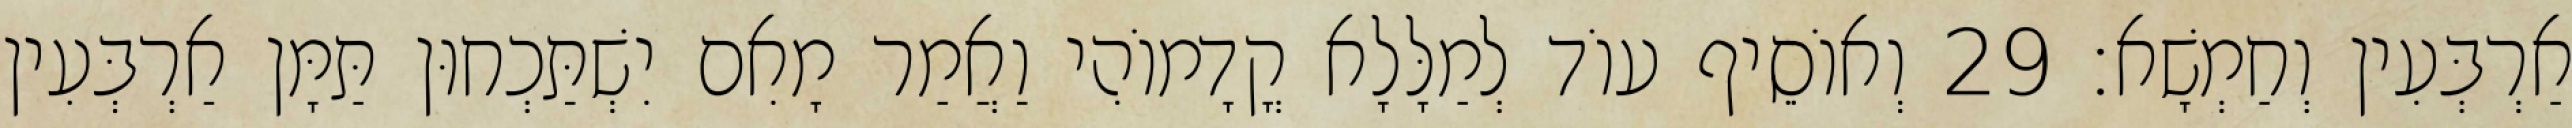
אַרְבְּעִין וְחַמְשָׁא׃ 29 וְאוֹסֵיף עוֹד לְמַלָּלָא קֳדָמוֹהִי וַאֲמַר מָאִם יִשְׁתַּכְחוּן תַּמָּן אַרְבְּעִין